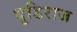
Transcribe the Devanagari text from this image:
धुडिराज